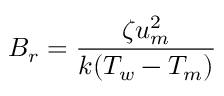
B _ { r } = \frac { \zeta u _ { m } ^ { 2 } } { k ( T _ { w } - T _ { m } ) }